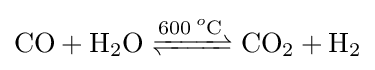
{\ce {CO + H2O <=>[600^oC] CO2 + H2}}